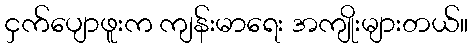
ငှက်ပျောဖူးက ကျန်းမာရေး အကျိုးများတယ်။